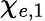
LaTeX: \chi_{e,1}